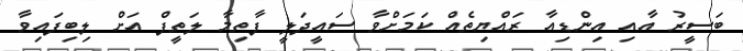
ބަސީރު އާއި އިންޑިއާ ރައްޔިތެއް ކަމަށްވާ ސައީދަލީ ފާތިމާ ލަތީފް އަށް ލިބިފައިވާ